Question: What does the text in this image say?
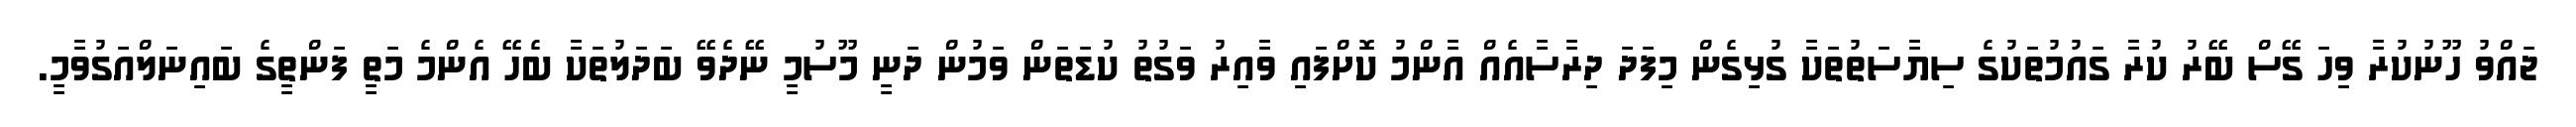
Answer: ޖައްވު ހޫނުކުރާ ވިހަ ގޭސް ބޭރު ކުރާ ގައުމުތަކުގެ ސިޔާސަތުތަކާ ގުޅިގެން މިފަދަ ދިރާސާއެއް އާންމު ކޮށްފައި ވާއިރު ވަގުތު ކުޑަތަން ވަމުން ދަނީ މޫސުމީ ނޭދެވޭ ބަދަލުތަކާ ބެހޭ އެންމެ މަތީ ފަންތީގެ ބައިނަލްއަގުވާމީ.